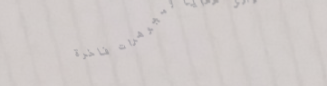
محل هدايا ومجوهرات فاخرة